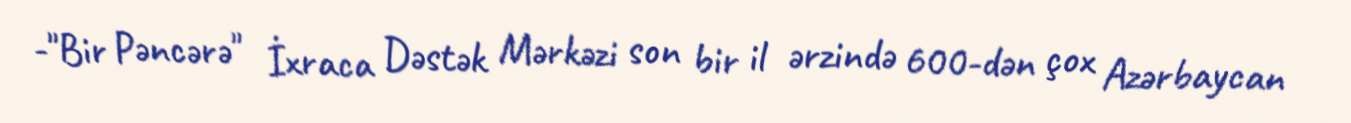
-"Bir Pəncərə" İxraca Dəstək Mərkəzi son bir il ərzində 600-dən çox Azərbaycan